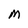
Character: M